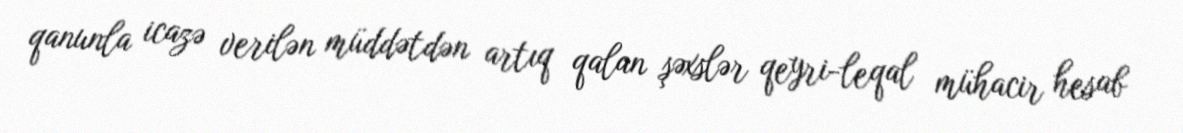
qanunla icazə verilən müddətdən artıq qalan şəxslər qeyri-leqal mühacir hesab